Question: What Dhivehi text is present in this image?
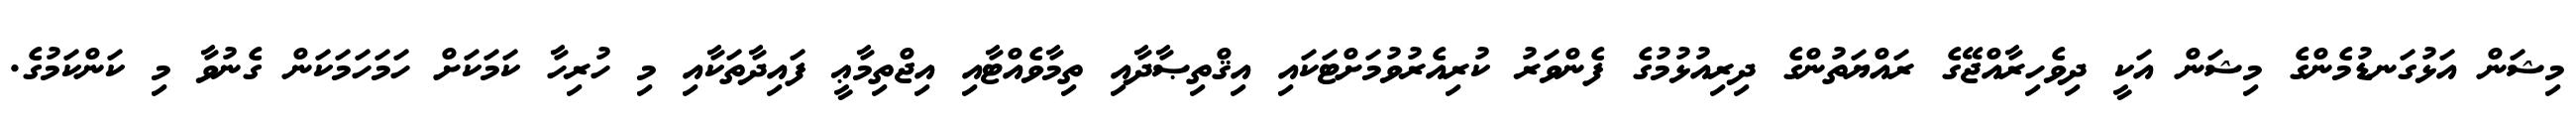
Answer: މިޝަން އަޅުގަނޑުމެންގެ މިޝަން އަކީ ދިވެހިރާއްޖޭގެ ރައްޔަތުންގެ ދިރިއުޅުމުގެ ފެންވަރު ކުރިއެރުވުމަށްޓަކައި އިޤްތިޞާދާއި ތިމާވެއްޓާއި އިޖްތިމާޢީ ފައިދާތަކާއި މި ހުރިހާ ކަމަކަށް ހަމަހަމަކަން ގެނުވާ މި ކަންކަމުގެ.